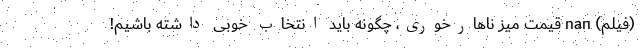
(فیلم) nan قیمت میز ناهارخوری، چگونه باید انتخاب خوبی داشته باشیم!